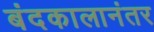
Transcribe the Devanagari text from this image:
बंदकालानंतर